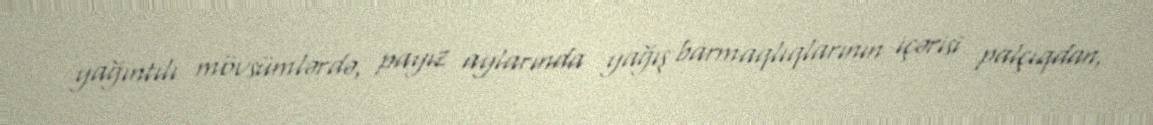
yağıntılı mövsümlərdə, payız aylarında yağış barmaqlıqlarının içərisi palçıqdan,